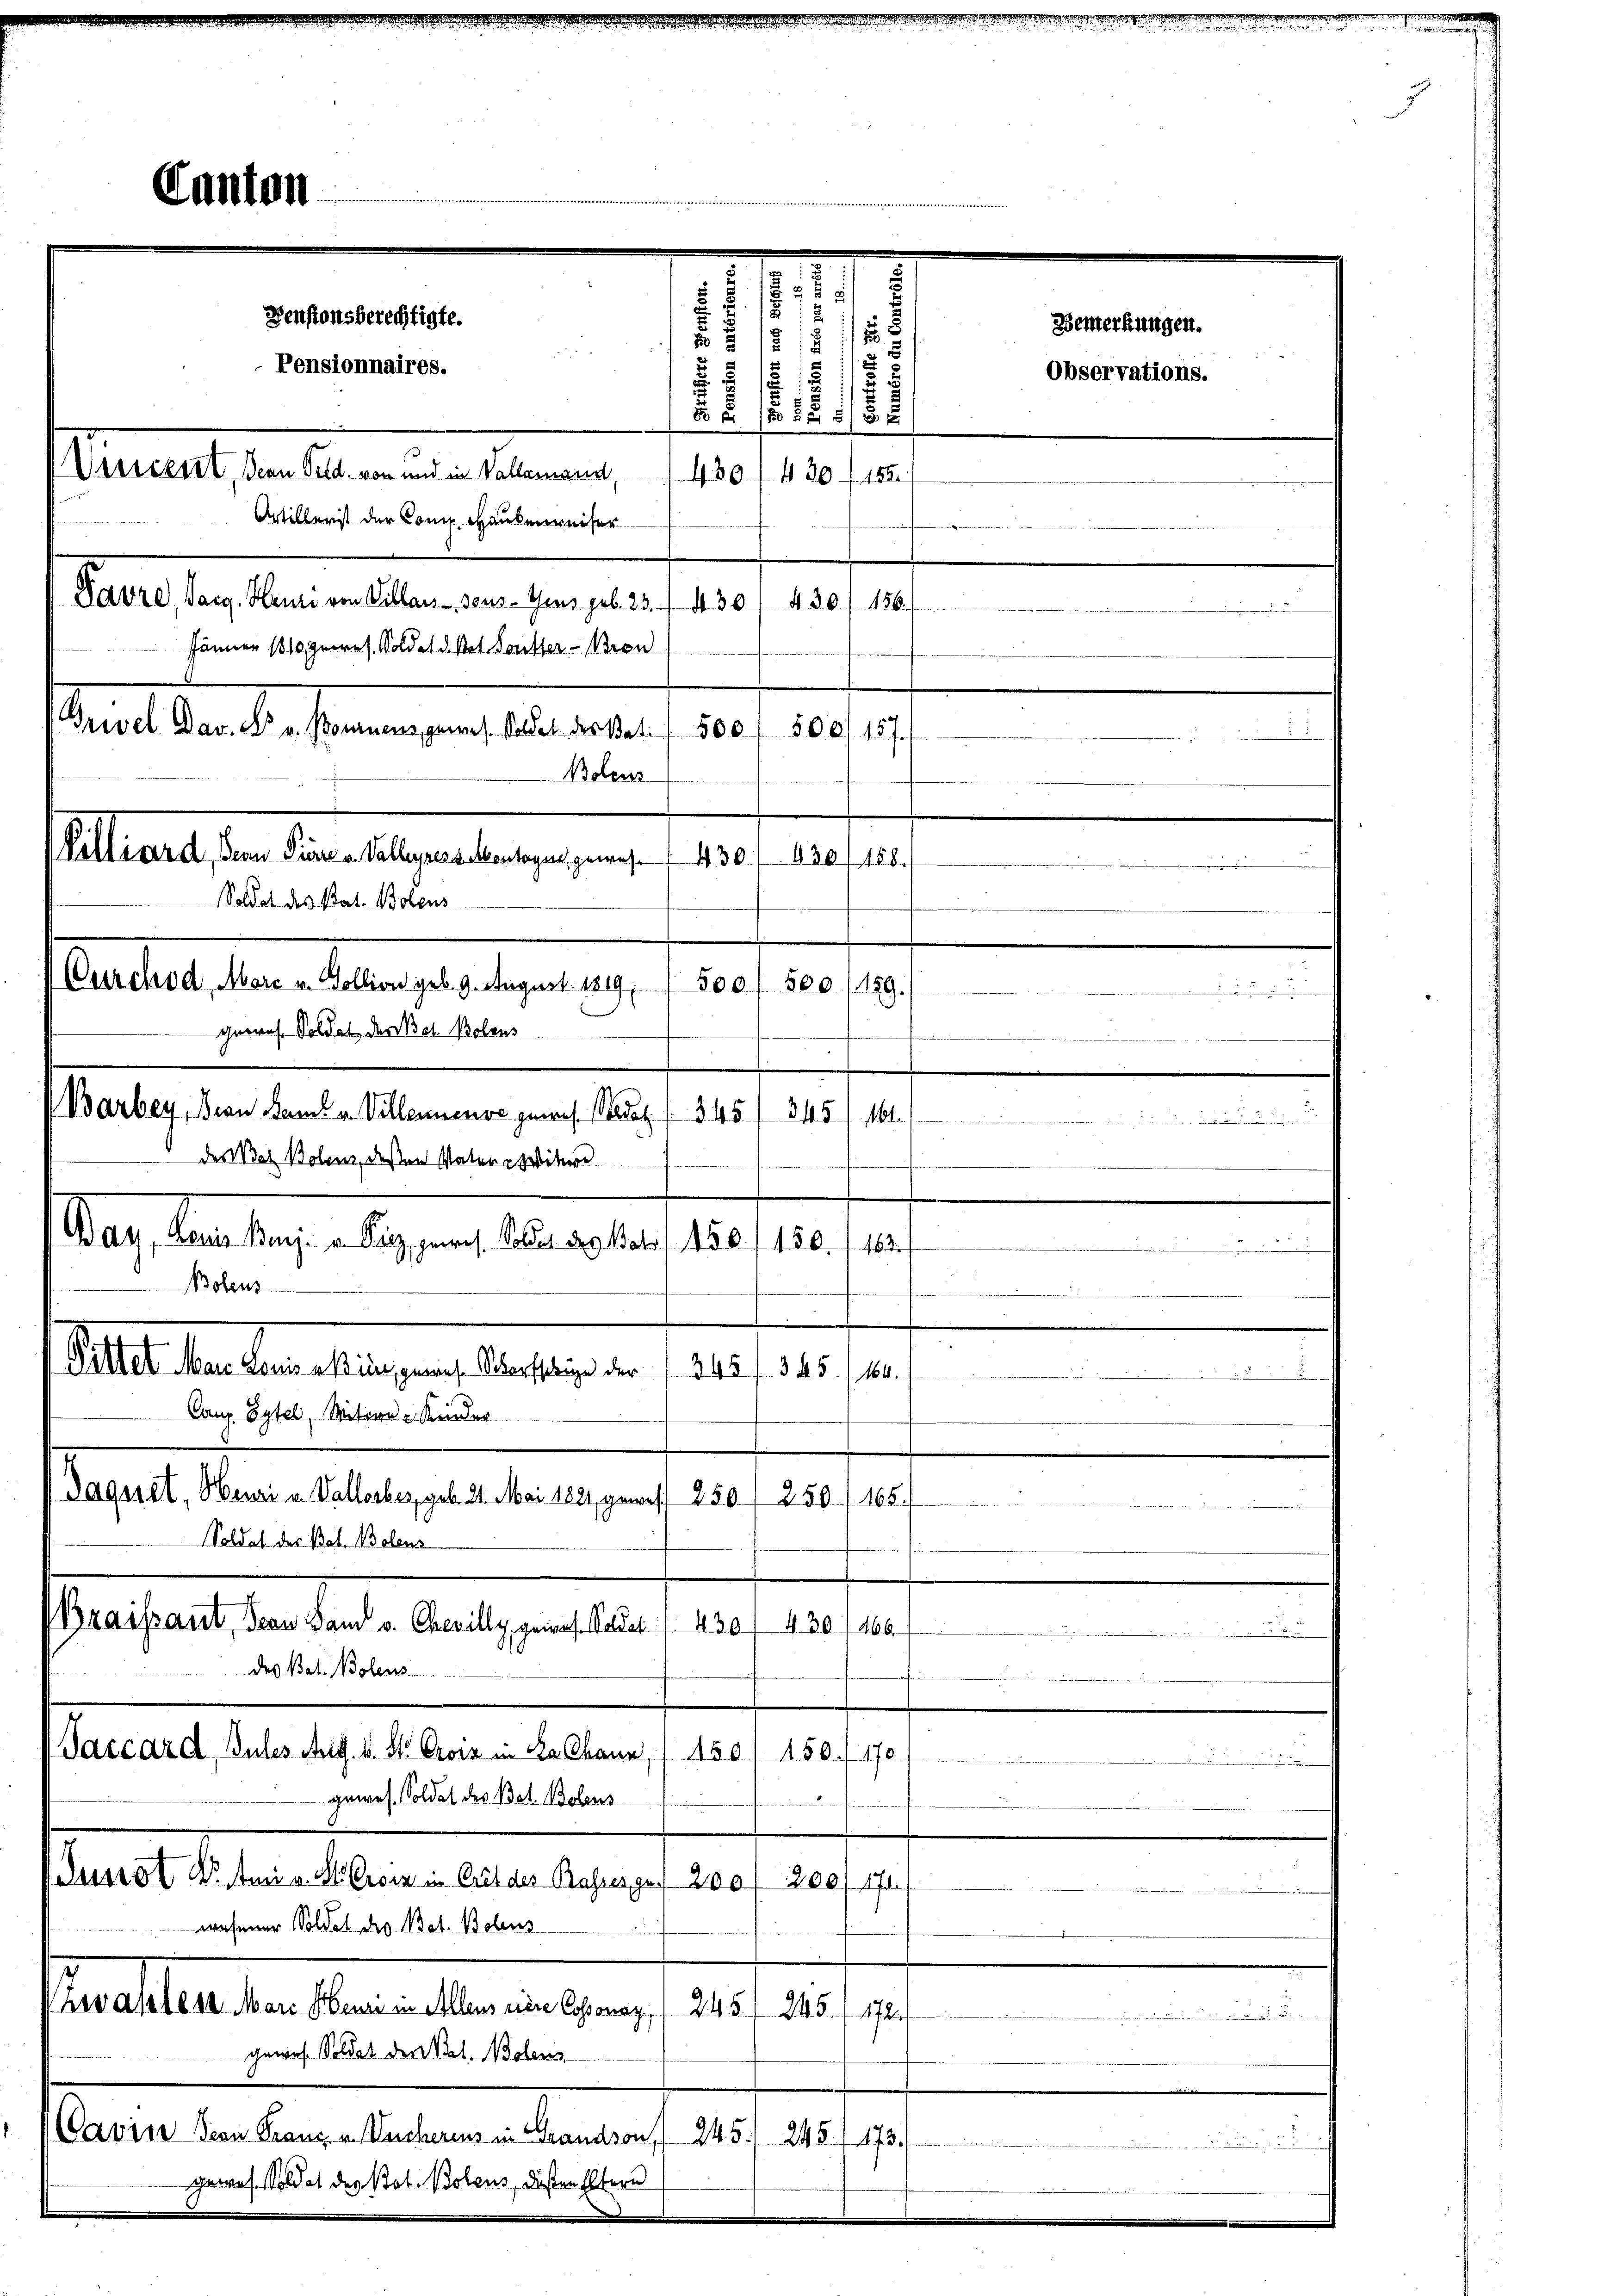
Densionsberechtigte.
Pensionnaires.
Veicent. Von Geld. von und in Vallemand,
Artillerist der Comp. Hausenweiser
Havre, Sarg, Heuri von Villars sous-Gens geb. 23. 430/ 430/ 156)
Jänner 1810 geres. Soldat d. Pot. Sonster - Bron
Grevel Dav. ds. v. Boranens, gewes. Soldet der Bat. 1 500

.

¬
430. f. 430 f. 188
e
500/157.
Boten
df. versten
500.
500, 159.

Barbey, Kron Sam. v. Villennende zumes Stadt 1 345. 345) 161.
derat Bolenz, deßen Vater-Witwe
da, den lag, als gene Bestalten 120.
n
450. f. 163 f.
n
Bolens
Seit der den einen ange bester den 21.
345 (164.

Caup Eytel, Mitere Kinder
Daquet, Neuri u. Vallorbes, geb. 21. Mai 1821, gewalt 250
250 f. 165.
2
Soldat der Bat. Bolens
Graissant, Bern San v. Chevilly genes Kadet. 430. 430. 1160
des Bat. Wolens
Paccard, Sules Aug. v. St. Crois in La Chann, (150/ 150./170
nage de

gewes. Soldat des Bot. Bolens
Jusrat Dr. Ami v. St. Grenz in Crit des Basses gr. 200/2001 174
wehener Soldat Dr. Bat. Boltens
Zwwahles Marc Heure in Allens eine Cossonay, 1. 245. 845. 172.
.
gewes. Soldat der Pol. Nolens
Cavin Von Franz u. Wucherens in Grandson, 245. 245. 172.

gewes. Soldat des Pot. Polens, disten Eltern

Alterat, son der abgetragen nach
Soldat des Pat. Bolens
Durchod, Morc u. Zollion geb. 9. August 1819,
geoos. Soldat des Biel Bolous

anton

.
.
.
2
2
8

512
 8
u
d
7
d
 § 120 §§ 55 x

Bemerkungen.
Observations.

J